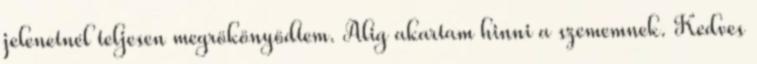
jelenetnél teljesen megrökönyödtem. Alig akartam hinni a szememnek. Kedves